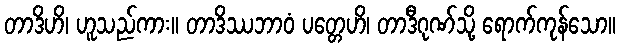
တာဒိဟိ၊ ဟူသည်ကား။ တာဒိဿဘာဝံ ပတ္တေဟိ၊ တာဒီဂုဏ်သို့ ရောက်ကုန်သော။